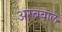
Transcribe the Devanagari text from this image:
अरबवाले